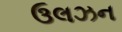
ઉલઝન